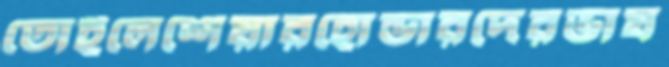
তোইলেশেয়ারহোল্ডারদেরভাষ